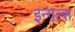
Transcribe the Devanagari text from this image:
इन्गल्स